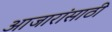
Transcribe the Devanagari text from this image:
अाजारांसाठी